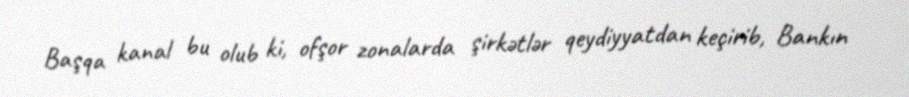
Başqa kanal bu olub ki, ofşor zonalarda şirkətlər qeydiyyatdan keçirib, Bankın